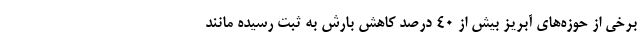
برخی از حوزه‌های آبریز بیش از ۴۰ درصد کاهش بارش به ثبت رسیده مانند